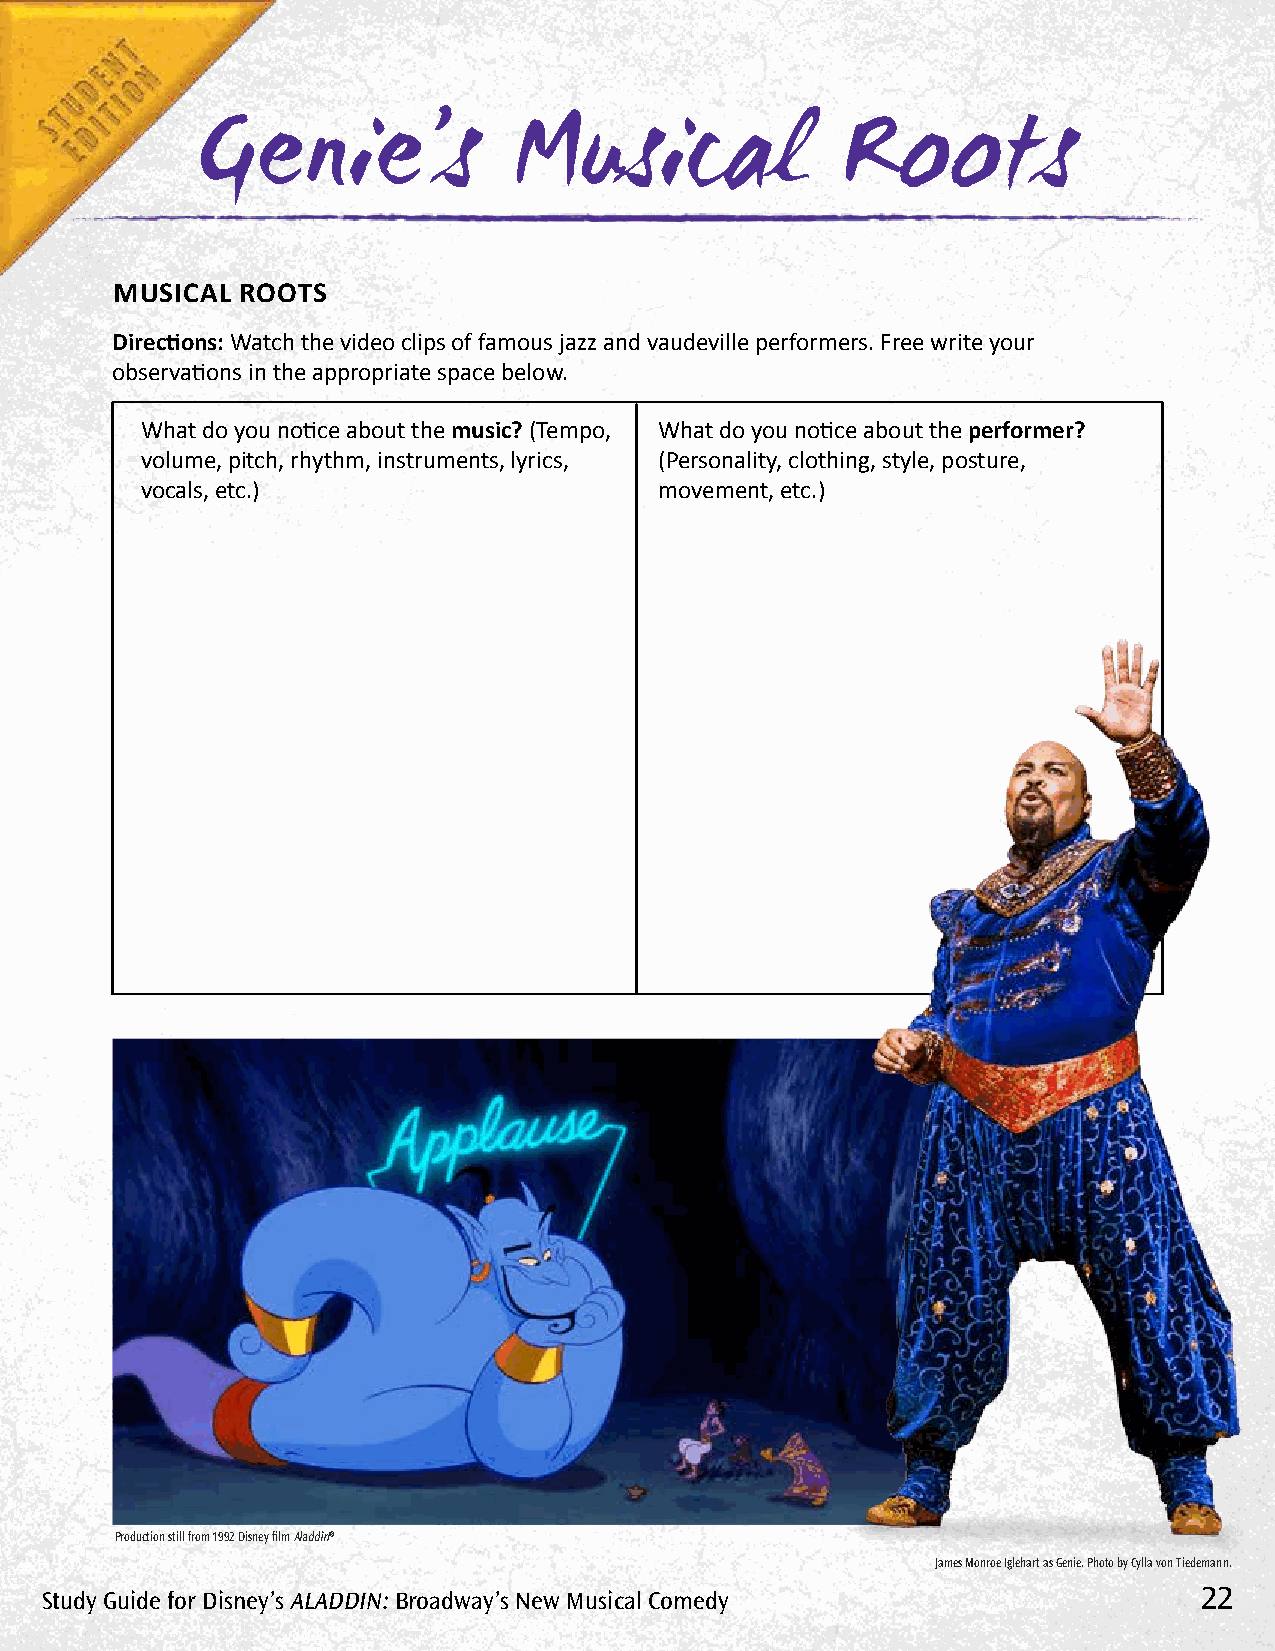
Genie’s              Musical               Roots
 MUSICAL  ROOTS
 Directions: Watch the video clips of famous jazz and vaudeville performers. Free write your
 observations in the appropriate space below.
 What do you notice about the music? (Tempo, What do you notice about the performer?
 volume, pitch, rhythm, instruments, lyrics, (Personality, clothing, style, posture,
 vocals, etc.)                      movement, etc.)
 Production still from 1992 Disney film Aladdin®
 James Monroe Iglehart as Genie. Photo by Cylla von Tiedemann.
 Study Guide for Disney’s AlADDin: Broadway’s new Musical Comedy             22